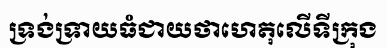
ទ្រង់ទ្រាយធំជាយថាហេតុលើទីក្រុង